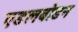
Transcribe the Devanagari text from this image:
एडलबोडन